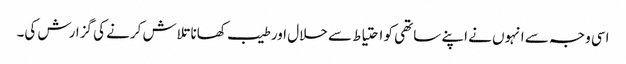
اسی وجہ سے انہوں نے اپنے ساتھی کو احتیاط سے حلال اور طیب کھانا تلاش کرنے کی گزارش کی۔